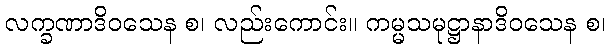
လက္ခဏာဒိဝသေန စ၊ လည်းကောင်း။ ကမ္မသမုဋ္ဌာနာဒိဝသေန စ၊